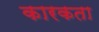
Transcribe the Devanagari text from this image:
कारकता